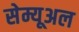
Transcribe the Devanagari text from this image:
सेम्यूअल